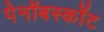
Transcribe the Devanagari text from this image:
पेनॉबस्कॉट